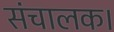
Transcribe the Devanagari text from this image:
संचालक।